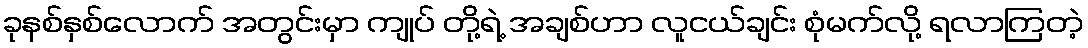
ခုနစ်နှစ်လောက် အတွင်းမှာ ကျုပ် တို့ရဲ့ အချစ်ဟာ လူငယ်ချင်း စုံမက်လို့ ရလာကြတဲ့